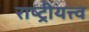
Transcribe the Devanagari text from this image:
राष्ट्रीयत्त्व